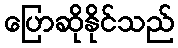
ပြောဆိုနိုင်သည်